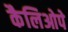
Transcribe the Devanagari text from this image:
कैलिओपे